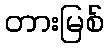
တားမြစ်